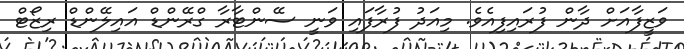
ވަޒީފާއަށް ދާން ފުރައިފިއެވެ. މިއަދު ފުރާފައި ވަނީ ސޭންޓާރާ ގްރޭންޑް އައިލޭންޑް ރިޒޯޓް